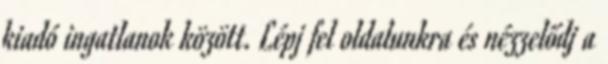
kiadó ingatlanok között. Lépj fel oldalunkra és nézzelődj a